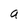
Character: a